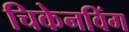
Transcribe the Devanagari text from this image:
चिकेनविंग